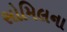
સોમિલના